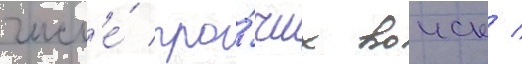
числ'е́ про́чих воиск /